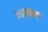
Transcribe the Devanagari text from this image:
ज्यरचना